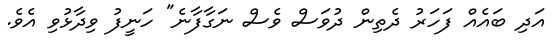
އަދި ބައެއް ފަހަރު ދެތިން ދުވަސް ވެސް ނަގާފާނެ" ހަނީފު ވިދާޅުވި އެވެ.